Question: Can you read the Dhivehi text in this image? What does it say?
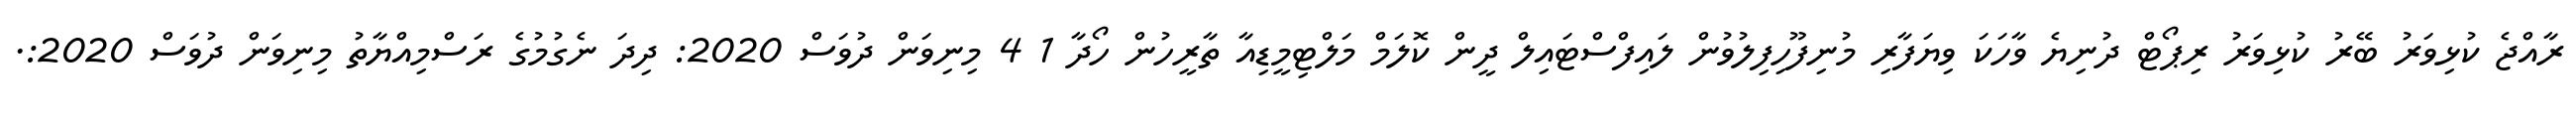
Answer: ރާއްޖެ ކުޅިވަރު ބޭރު ކުޅިވަރު ރިޕޯޓް ދުނިޔެ ވާހަކަ ވިޔަފާރި މުނިފޫހިފިލުވުން ލައިފްސްޓައިލް ދީން ކޮލަމް މަލްޓިމީޑިއާ ތާރީހުން ހޯދާ 1 4 މިނިވަން ދުވަސް 2020: ދިދަ ނެގުމުގެ ރަސްމިއްޔާތު މިނިވަން ދުވަސް 2020:.